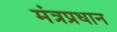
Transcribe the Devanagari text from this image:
मंत्रप्रधान